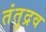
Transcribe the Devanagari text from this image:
तंतुद्रव